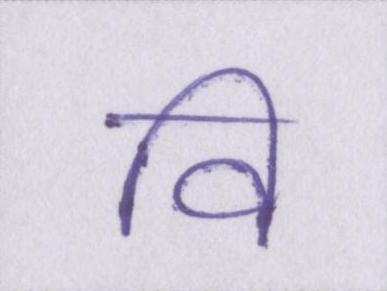
वि